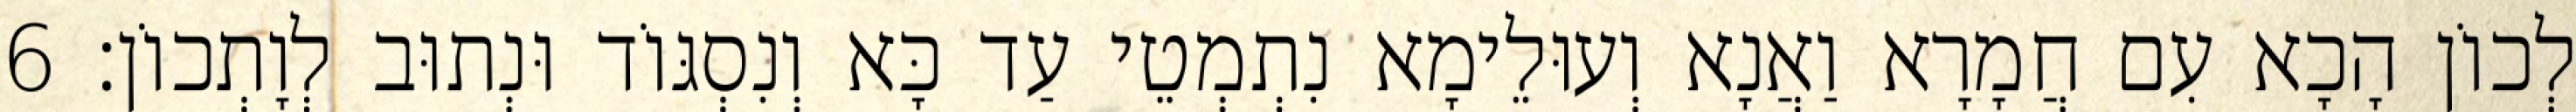
לְכוֹן הָכָא עִם חֲמָרָא וַאֲנָא וְעוּלֵימָא נִתְמְטֵי עַד כָּא וְנִסְגּוֹד וּנְתוּב לְוָתְכוֹן׃ 6